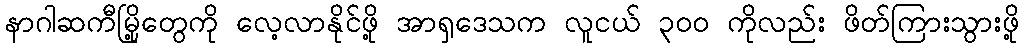
နာဂါဆကီမြို့တွေကို လေ့လာနိုင်ဖို့ အာရှဒေသက လူငယ် ၃၀၀ ကိုလည်း ဖိတ်ကြားသွားဖို့